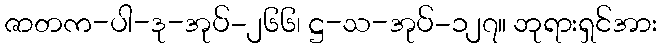
ဇာတက-ပါ-ဒု-အုပ်-၂၆၆၊ ဋ္ဌ-သ-အုပ်-၁၂၇။ ဘုရားရှင်အား